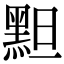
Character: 䵣